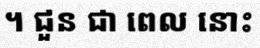
។ ជួន ជា ពេល នោះ